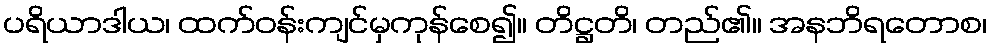
ပရိယာဒါယ၊ ထက်ဝန်းကျင်မှကုန်စေ၍။ တိဋ္ဌတိ၊ တည်၏။ အနဘိရတောစ၊